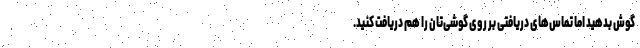
گوش بدهید اما تماس‌های دریافتی بر روی گوشی‌تان را هم دریافت کنید.